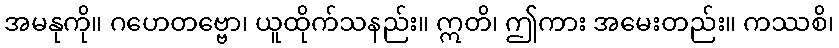
အမနုကို။ ဂဟေတဗ္ဗော၊ ယူထိုက်သနည်း။ ဣတိ၊ ဤကား အမေးတည်း။ ကဿစိ၊